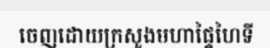
ចេញដោយក្រសួងមហាផ្ទៃហៃទី